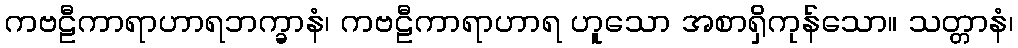
ကဗဠီကာရာဟာရဘက္ခာနံ၊ ကဗဠီကာရာဟာရ ဟူသော အစာရှိကုန်သော။ သတ္တာနံ၊